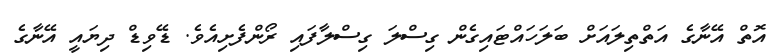
އޮތް އޭނާގެ އަތްތިލައަށް ބަލަހައްޓައިގެން ގިސްލަ ގިސްލާފައި ރޯންފެށިއެވެ. ޑޭވިޑް ދިޔައީ އޭނާގެ